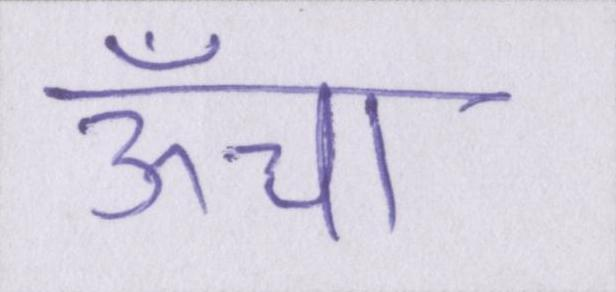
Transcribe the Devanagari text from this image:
ऊँचा